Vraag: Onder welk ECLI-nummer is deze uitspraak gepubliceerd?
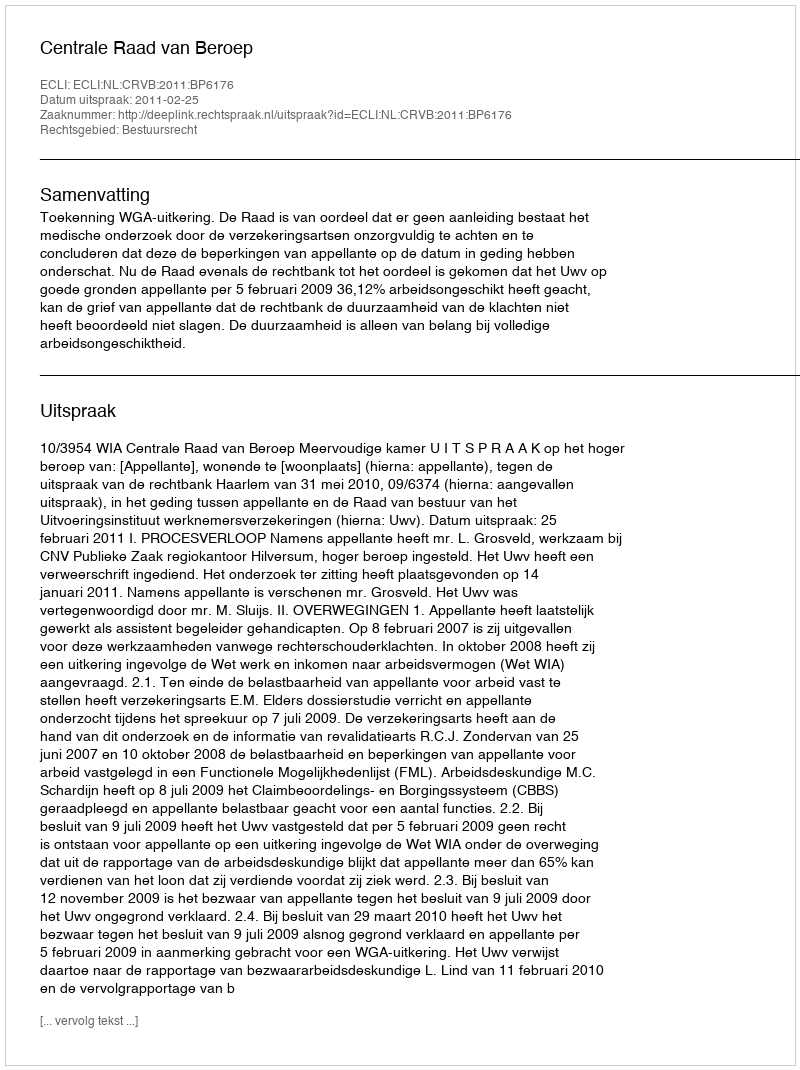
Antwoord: ECLI:NL:CRVB:2011:BP6176